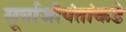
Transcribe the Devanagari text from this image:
सूर्याजीपंतांकडे